Report of the Indian Hemp Drugs Commission, 1894-1895 - Volume II
Year: 1894
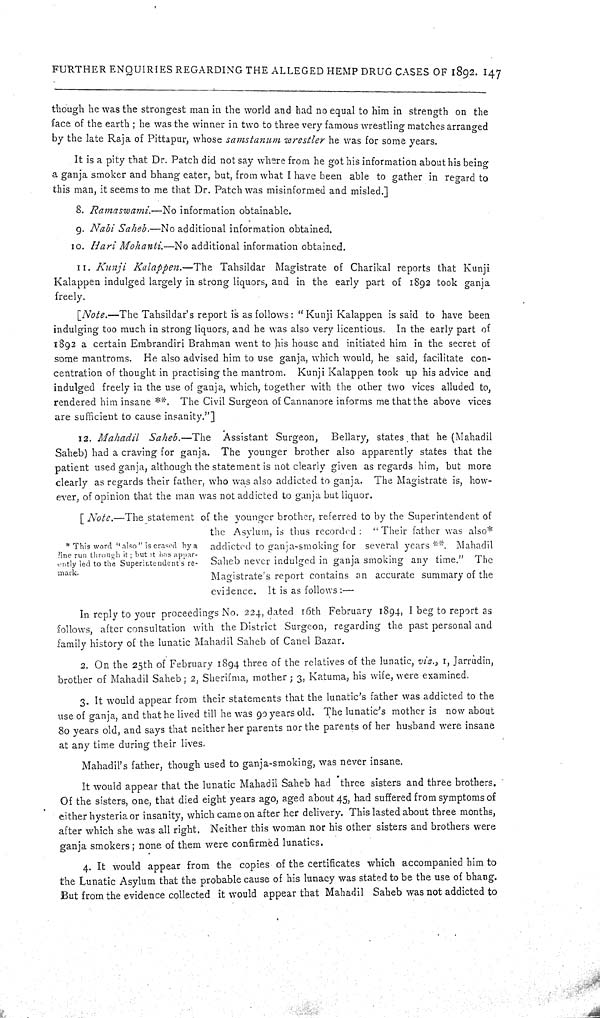
FURTHER ENQUIRIES REGARDING THE ALLEGED HEMP DRUG CASES OF 1892. 147
though he was the strongest man in the world and had no equal to him in strength on the
face of the earth; he was the winner in two to three very famous wrestling matches arranged
by the late Raja of Pittapur, whose samstanum wrestler he was for some years.
It is a pity that Dr. Patch did not say where from he got his information about his being
a ganja smoker and bhang eater, but, from what I have been able to gather in regard to
this man, it seems to me that Dr. Patch was misinformed and misled.]
8. Ramaswami.—No
information obtainable.
9. Nabi Saheb.—No additional information obtained.
10. Hari Mohanti.—No
additional information obtained.
11. Kunji
Kalappen.—The
Tahsildar Magistrate of Charikal reports that Kunji
Kalappen indulged largely in strong liquors, and in the early part of 1892 took ganja
freely.
[Note.—The Tahsildar's report is as follows: "Kunji Kalappen is said to have been
indulging too much in strong liquors, and he was also very licentious. In the early part of
1892 a certain Embrandiri Brahman went to his house and initiated him in the secret of
some mantroms. He also advised him to use ganja, which would, he said, facilitate con-
centration of thought in practising the mantrom. Kunji Kalappen took up his advice and
indulged freely in the use of ganja, which, together with the other two vices alluded to,
rendered him insane **. The Civil Surgeon of Cannanore informs me that the above vices
are sufficient to cause insanity."]
12. Mahadil Saheb.—The
Assistant Surgeon, Bellary, states that he (Mahadil
Saheb) had a craving for ganja. The younger brother also apparently states that the
patient used ganja, although the statement is not clearly given as regards him, but more
clearly as regards their father, who was also addicted to ganja. The Magistrate is, how-
ever, of opinion that the man was not addicted to ganja but liquor.
* This word "also" is erased by a
line run through it; but it has appar-
ently led to the Superintendent's re-
mark.
[Note.—The statement of the younger brother, referred to by the Superintendent of
the Asylum, is thus recorded: "Their father was also*
addicted to ganja-smoking for several years**. Mahadil
Saheb never indulged in ganja smoking any time." The
Magistrate's report contains an accurate summary of the
evidence. It is as follows:—
In reply to your proceedings No. 224, dated 16th February 1894, I beg to report as
follows, after consultation with the District Surgeon, regarding the past personal and
family history of the lunatic Mahadil Saheb of Canel Bazar.
2. On the 25th of February 1894 three of the relatives of the lunatic, viz., I,
Jarrudin,
brother of Mahadil Saheb; 2, Sherifma, mother; 3, Katuma, his wife, were examined.
3. It would appear from their statements that the lunatic's father was addicted to the
use of ganja, and that he lived till he was 90 years old. The lunatic's mother is now about
80 years old, and says that neither her parents nor the parents of her husband were insane
at any time during their lives.
Mahadil's father, though used to ganja-smoking, was never insane.
It would appear that the lunatic Mahadil Saheb had three sisters and three brothers.
Of the sisters, one, that died eight years ago, aged about 45, had suffered from symptoms of
either hysteria or insanity, which came on after her delivery. This lasted about three months,
after which she was all right. Neither this woman nor his other sisters and brothers were
ganja smokers; none of them were confirmed lunatics.
4. It would appear from the copies of the certificates which accompanied him to
the Lunatic Asylum that the probable cause of his lunacy was stated to be the use of bhang.
But from the evidence collected it would appear that Mahadil Saheb was not addicted to